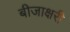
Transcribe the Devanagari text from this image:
बीजाक्षरी